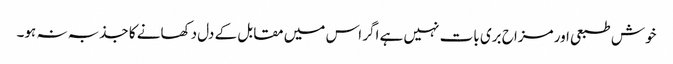
خوش طبعی اور مزاح بری بات نہیں ہے اگر اس میں مقابل کے دل دکھانے کا جذبہ نہ ہو۔